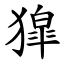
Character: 獔